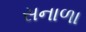
સનાળા